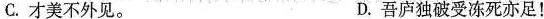
C.才美不外见。 D.吾庐独破受冻死亦足！